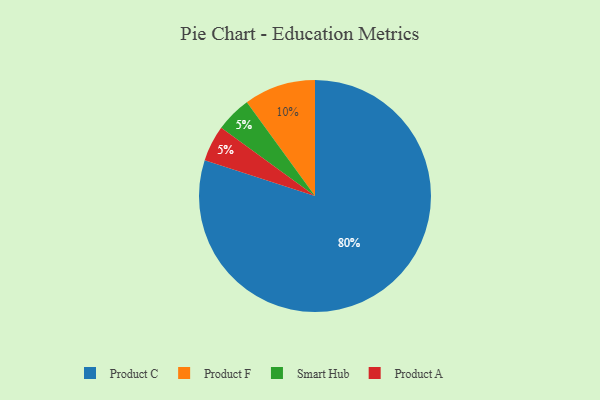
{"axis": {"x": "Category", "y": "Percentage"}, "legend": ["Product A", "Product C", "Product F", "Smart Hub"], "data": [{"x": "Product C", "y": 80, "type": "Product C"}, {"x": "Product F", "y": 10, "type": "Product F"}, {"x": "Smart Hub", "y": 5, "type": "Smart Hub"}, {"x": "Product A", "y": 5, "type": "Product A"}]}